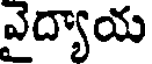
వైద్యాయ